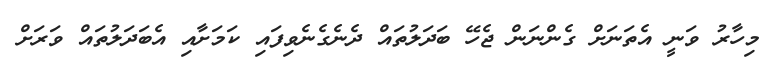
މިހާރު ވަނީ އެތަނަށް ގެންނަން ޖެހޭ ބަދަލުތައް ދެނެގެނެވިފައި ކަމަށާއި އެބަދަލުތައް ވަރަށް